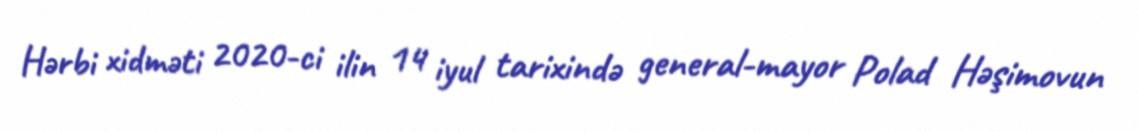
Hərbi xidməti 2020-ci ilin 14 iyul tarixində general-mayor Polad Həşimovun